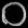
Digit: ၀